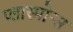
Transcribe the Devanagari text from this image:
प्लास्मोन्स